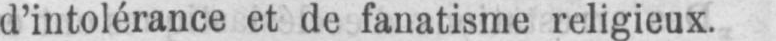
d’intolérance et de fanatisme religieux.